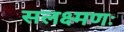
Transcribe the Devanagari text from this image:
सलक्ष्मणः